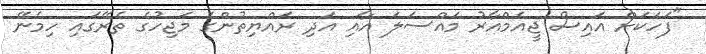
"ފަހަކަށް އައިސް ޖީއެމްއާރު މައްސަލަ އާއި އަދި ރައްޔިތުންގެ މަޖިހުގެ ތެރޭގައި ހިމެނޭ